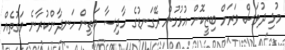
މުޅި ދުވަސް ވަރަށް ބިޒީކޮށް އުޅުމުން ރޭގަނޑުގެ ހާދިސާ މަތިން ހަނދާންކުރާނެ ވަގުތެއް